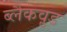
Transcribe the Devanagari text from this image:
ब्लैकव़ुड